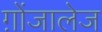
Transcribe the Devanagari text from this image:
ग़ोंजालेज